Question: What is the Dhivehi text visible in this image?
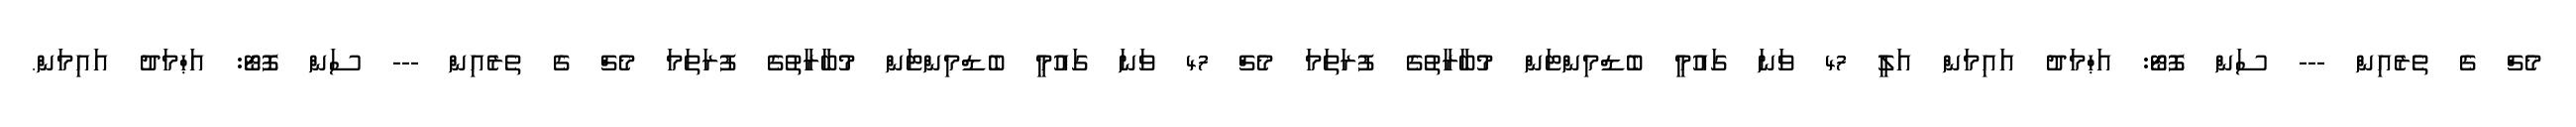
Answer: މެޗް ގެ ތެރެއިން --- ސަން ފޮޓޯ: އަޙްމަދު އައިމަން އަލީ 47 ވަނަ ގައުމީ ބެޑްމިންޓަން މުބާރާތުގެ ފުރަތަމަ މެޗް 47 ވަނަ ގައުމީ ބެޑްމިންޓަން މުބާރާތުގެ ފުރަތަމަ މެޗް ގެ ތެރެއިން --- ސަން ފޮޓޯ: އަޙްމަދު އައިމަން.